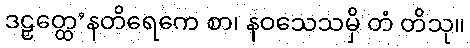
ဒဠှတ္ထေ’နတိရေကေ စာ၊ နဝသေသမှိ တံ တိသု။